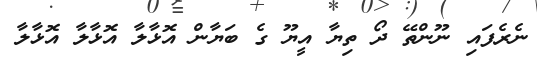
ނެރެފައި ނޫންތޭ ދޯ ތިޔާ އީޔޫ ގެ ބަޔާން އޮޅާލާ އޮޅާލާ އޮޅާލާ